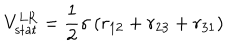
V _ { \mathrm { s t a t } } ^ { \mathrm { L R } } = \frac { 1 } { 2 } \sigma \, ( r _ { 1 2 } + r _ { 2 3 } + r _ { 3 1 } )